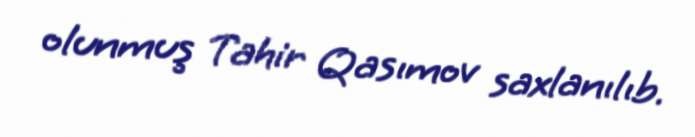
olunmuş Tahir Qasımov saxlanılıb.